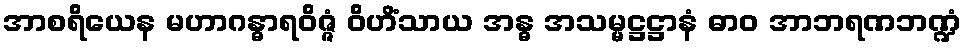
အာစရိယေန မဟာဂန္ဓာရဝိဇ္ဇံ ဝိဟိံသာယ အန္ဓ အသမ္မဋ္ဌဋ္ဌာနံ ဓာဝ အာဘရဏဘဏ္ဍံ